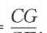
\(=\frac{CG}{\underline{\ \ \ \ \ \ }}.\)